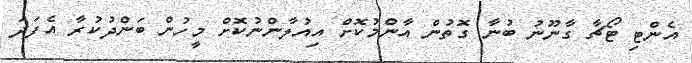
އެންޓި ޓޯޗާ ގާނޫނު ބުނާ ގޮތުން އާންމުކޮށް އިއުލާންނުކޮށް މީހުން ބަންދުކުރާ އެފަދަ